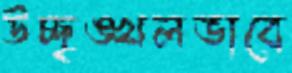
উচ্ছৃঙ্খলভাবে